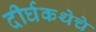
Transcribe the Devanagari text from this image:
दीर्घकथेचे